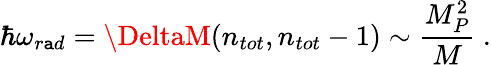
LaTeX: \hbar\omega_{r\mathtt{a}d}=\DeltaM(n_{tot},n_{tot}-1)\sim\frac{{M_{P}^{2}}}{{M}}~.